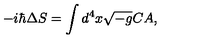
- i \hbar \Delta S = \int d ^ { 4 } x \sqrt { - g } C A ,